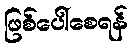
ဖြစ်ပေါ်စေရန်